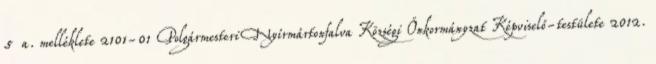
5 a. melléklete 2101-01 Polgármesteri Nyírmártonfalva Községi Önkormányzat Képviselő-testülete 2012.